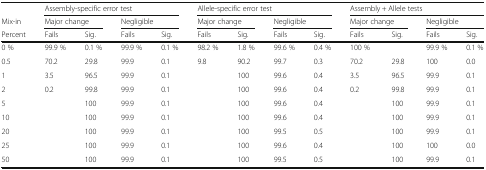
<table><thead><tr><td></td><td colspan="4"><b>Assembly-specific error test</b></td><td colspan="4"><b>Allele-specific error test</b></td><td colspan="4"><b>Assembly + Allele tests</b></td></tr><tr><td><b>Mix-in</b></td><td colspan="2"><b>Major change</b></td><td colspan="2"><b>Negligible</b></td><td colspan="2"><b>Major change</b></td><td colspan="2"><b>Negligible</b></td><td colspan="2"><b>Major change</b></td><td colspan="2"><b>Negligible</b></td></tr><tr><td><b>Percent</b></td><td><b>Fails</b></td><td><b>Sig.</b></td><td><b>Fails</b></td><td><b>Sig.</b></td><td><b>Fails</b></td><td><b>Sig.</b></td><td><b>Fails</b></td><td><b>Sig.</b></td><td><b>Fails</b></td><td><b>Sig.</b></td><td><b>Fails</b></td><td><b>Sig.</b></td></tr></thead><tbody><tr><td>0 %</td><td>99.9 %</td><td>0.1 %</td><td>99.9 %</td><td>0.1 %</td><td>98.2 %</td><td>1.8 %</td><td>99.6 %</td><td>0.4 %</td><td>100 %</td><td></td><td>99.9 %</td><td>0.1 %</td></tr><tr><td>0.5</td><td>70.2</td><td>29.8</td><td>99.9</td><td>0.1</td><td>9.8</td><td>90.2</td><td>99.7</td><td>0.3</td><td>70.2</td><td>29.8</td><td>100</td><td>0.0</td></tr><tr><td>1</td><td>3.5</td><td>96.5</td><td>99.9</td><td>0.1</td><td></td><td>100</td><td>99.6</td><td>0.4</td><td>3.5</td><td>96.5</td><td>99.9</td><td>0.1</td></tr><tr><td>2</td><td>0.2</td><td>99.8</td><td>99.9</td><td>0.1</td><td></td><td>100</td><td>99.6</td><td>0.4</td><td>0.2</td><td>99.8</td><td>99.9</td><td>0.1</td></tr><tr><td>5</td><td></td><td>100</td><td>99.9</td><td>0.1</td><td></td><td>100</td><td>99.6</td><td>0.4</td><td></td><td>100</td><td>99.9</td><td>0.1</td></tr><tr><td>10</td><td></td><td>100</td><td>99.9</td><td>0.1</td><td></td><td>100</td><td>99.6</td><td>0.4</td><td></td><td>100</td><td>99.9</td><td>0.1</td></tr><tr><td>20</td><td></td><td>100</td><td>99.9</td><td>0.1</td><td></td><td>100</td><td>99.5</td><td>0.5</td><td></td><td>100</td><td>99.9</td><td>0.1</td></tr><tr><td>25</td><td></td><td>100</td><td>99.9</td><td>0.1</td><td></td><td>100</td><td>99.6</td><td>0.4</td><td></td><td>100</td><td>100</td><td>0.0</td></tr><tr><td>50</td><td></td><td>100</td><td>99.9</td><td>0.1</td><td></td><td>100</td><td>99.5</td><td>0.5</td><td></td><td>100</td><td>99.9</td><td>0.1</td></tr></tbody></table>